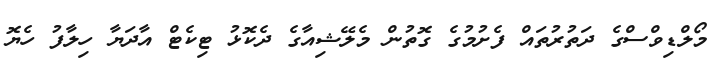
މޯލްޑިވްސްގެ ދަތުރުތައް ފެށުމުގެ ގޮތުން މެލޭޝިއާގެ ދެކޮޅު ޓިކެޓް އާދަޔާ ހިލާފު ހެޔޮ